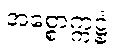
အစ္စောက္ကဋ္ဌံ